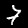
Digit: 7